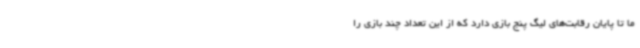
ما تا پایان رقابت‌های لیگ پنج بازی دارد که از این تعداد چند بازی را